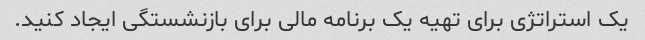
یک استراتژی برای تهیه یک برنامه مالی برای بازنشستگی ایجاد کنید.